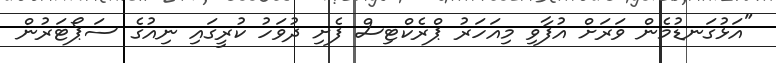
"އަޅުގަނޑުމެން ވަރަށް އުފާވި މިއަހަރު ޕްރެކްޓިސް ފެށި ދުވަހު ކުރީގައި ނިއުގެ ސަޕޯޓަރުން